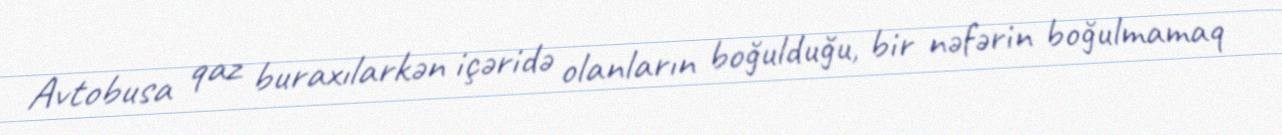
Avtobusa qaz buraxılarkən içəridə olanların boğulduğu, bir nəfərin boğulmamaq